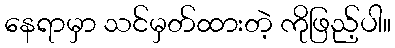
နေရာမှာ သင်မှတ်ထားတဲ့ ကိုဖြည့်ပါ။